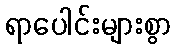
ရာပေါင်းများစွာ